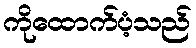
ကိုထောက်ပံ့သည်